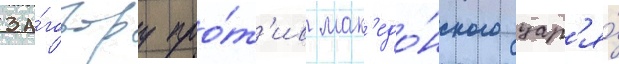
за́говору про́т'ив мак'едо́нского цар'я́